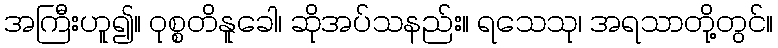
အကြီးဟူ၍။ ဝုစ္စတိနူခေါ၊ ဆိုအပ်သနည်း။ ရသေသု၊ အရသာတို့တွင်။